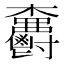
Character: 𣡫